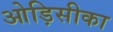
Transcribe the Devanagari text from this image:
ओड़िसीका